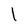
Character: 1